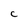
Character: C